Annual vaccination report of Bihar and Orissa - 1911-1928
Year: 1911
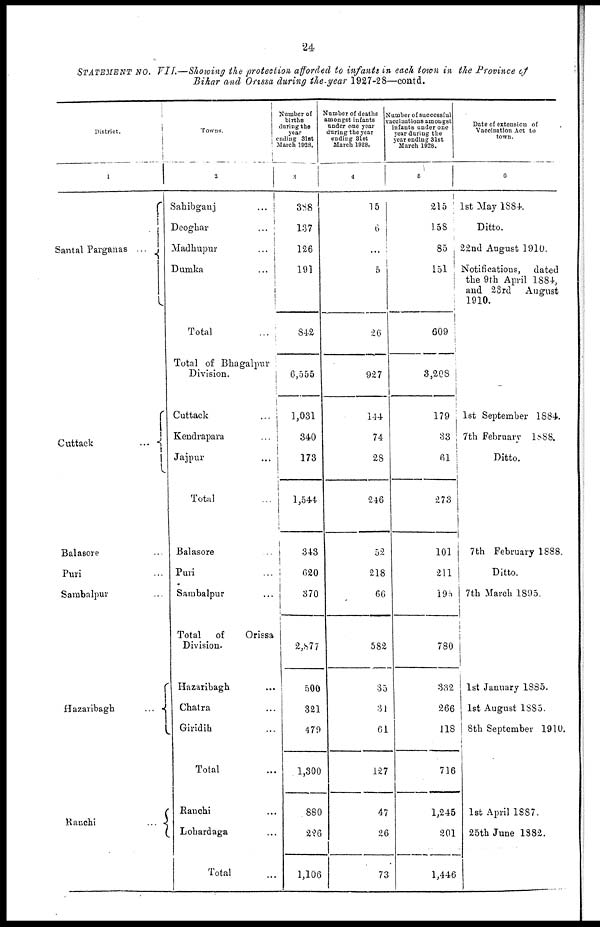
24
STATEMENT NO. VII.—Showing the protection afforded to infants in each town in the Province of
Bihar and Orissa during the year 1927-28—contd.
District.
1
Santal Parganas
...
Cuttack
...
Balasore ...
Puri ...
Sambalpur ...
Hazaribagh
...
Ranchi
...
Towns.
2
Sahibganj ...
Deoghar ...
Madhupur ...
Dumka ...
Total ...
Total of Bhagalpur
Division.
Cuttack ...
Kendrapara ...
Jajpur ...
Total ...
Balasore ...
Puri ...
Sambalpur ...
Total
of
Orissa
Division.
Hazaribagh ...
Chatra ...
Giridih ...
Total ...
Ranchi ...
Lohardaga ...
Total ...
Number of
births
during the
year
ending 31st
March 1928.
3
388
137
126
191
842
6,555
1,031
340
173
1,544
343
620
370
2,877
500
321
479
1,300
880
226
1,106
Number of deaths
amongst infants
under one year
during the year
ending 31st
March 1928.
4
15
6
...
5
26
927
144
74
28
246
52
218
66
582
35
31
61
127
47
26
73
Number of successful
vaccinations amongst
infants under one
year during the
year ending 31st
March 1928.
5
215
158
85
151
609
3,208
179
33
61
273
101
211
185
780
332
266
118
716
1,245
201
1,446
Date of extension of
Vaccination Act to
town.
6
1st May 1884.
Ditto.
22nd August 1910.
Notifications,
dated
the 9th April 1884,
and 23rd
August
1910.
1st September 1884.
7th February 1888.
Ditto.
7th February 1888.
Ditto.
7th March 1895.
1st January 1885.
1st August 1885.
8th September 1910.
1st April 1887.
25th June 1882.